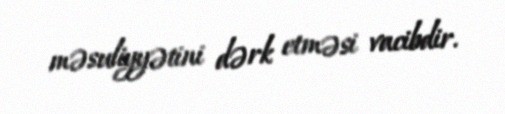
məsuliyyətini dərk etməsi vacibdir.